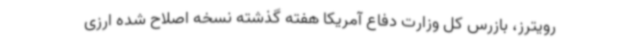
رویترز، بازرس کل وزارت دفاع آمریکا هفته گذشته نسخه اصلاح شده ارزی